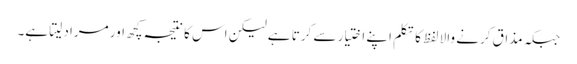
جبکہ مذاق کرنے والا لفظ کا تکلم اپنے اختیار سے کرتا ہے لیکن اس کا نتیجہ کچھ اور مراد لیتا ہے۔